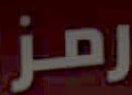
رمز